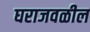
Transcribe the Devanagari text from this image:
घराजवळील